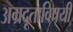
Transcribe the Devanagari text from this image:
अग्रदूताविषयी